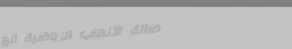
صالة الألعاب الرياضية الح